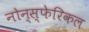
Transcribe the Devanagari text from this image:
नोन्स्फेरिकल